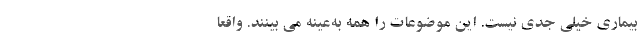
بیماری خیلی جدی نیست. این موضوعات را همه به‌عینه می بینند. واقعا